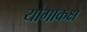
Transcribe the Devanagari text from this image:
योगाकक्ष